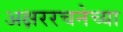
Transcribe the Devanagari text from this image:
अक्षररचनेच्या